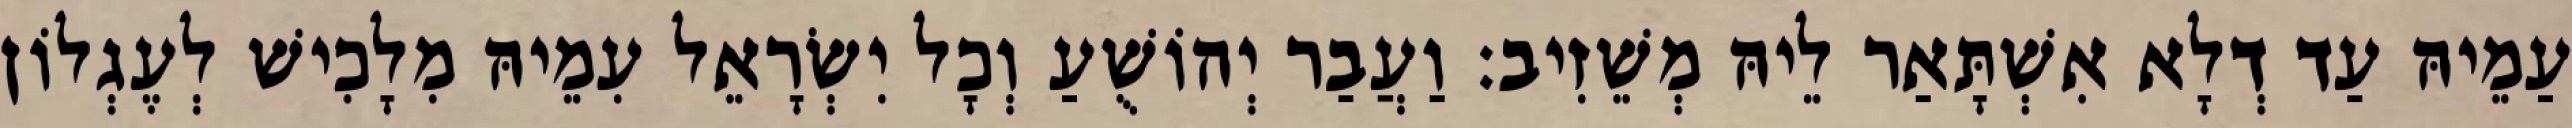
עַמֵיהּ עַד דְלָא אִשְׁתָּאַר לֵיהּ מְשֵׁזִיב׃ וַעֲבַר יְהוֹשֻׁעַ וְכָל יִשְׂרָאֵל עִמֵיהּ מִלָכִישׁ לְעֶגְלוֹן